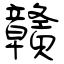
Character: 贛